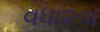
વધા૨વા